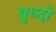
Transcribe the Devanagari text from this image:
युध्दो